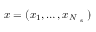
x = ( x _ { 1 } , \ldots , x _ { N _ { \mathrm { ~ s ~ } } } )